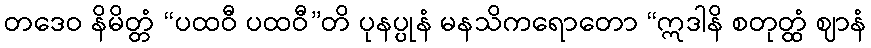
တဒေဝ နိမိတ္တံ “ပထဝီ ပထဝီ”တိ ပုနပ္ပုနံ မနသိကရောတော “ဣဒါနိ စတုတ္ထံ ဈာနံ